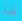
قد